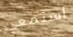
استمعي